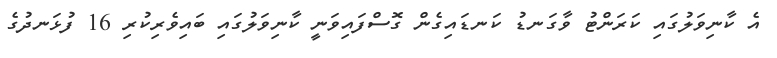
އެ ކާނިވަލުގައި ކަރަންޓު ވާގަނޑު ކަނޑައިގެން ގޮސްފައިވަނީ ކާނިވަލުގައި ބައިވެރިކުރި 16 ފުޅަނދުގެ